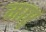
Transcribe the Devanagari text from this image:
मार्